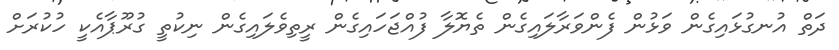
ދަތް އުނގުޅައިގެން ވަޅުން ފެންވަރާލައިގެން ތެޔޮލާ ފުއްޖަހައިގެން ރީތިވެލައިގެން ނިކުތީ ގުރޫޕާއެކީ ހުކުރަށް